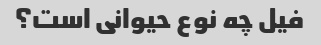
فیل چه نوع حیوانی است؟